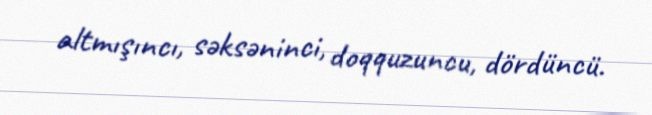
altmışıncı, səksəninci, doqquzuncu, dördüncü.